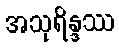
အသုရိန္ဒဿ